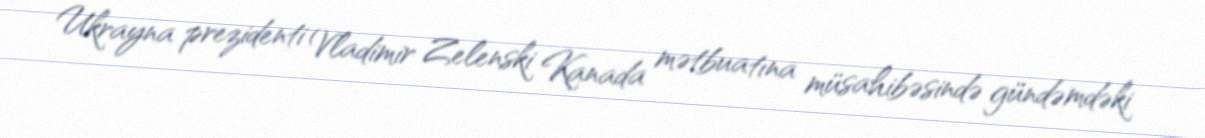
Ukrayna prezidenti Vladimir Zelenski Kanada mətbuatına müsahibəsində gündəmdəki